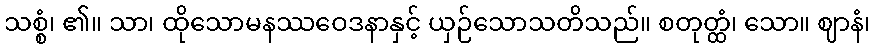
သစ္စံ၊ ၏။ သာ၊ ထိုသောမနဿဝေဒနာနှင့် ယှဉ်သောသတိသည်။ စတုတ္ထံ၊ သော။ ဈာနံ၊